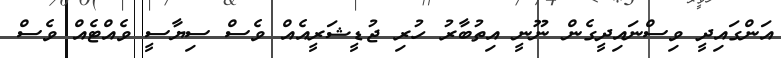
އަންގައިދީ ވިސްނައިދީގެން ނޫނީ އިތުބާރު ހުރި ޖުޑީޝަރީއެއް ވެސް ސިޔާސީ ވެއްޓެއް ވެސް